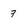
Character: 3